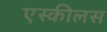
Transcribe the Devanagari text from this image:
एस्कीलस